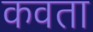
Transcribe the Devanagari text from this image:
कवता